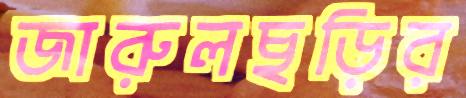
জারুলছড়ির